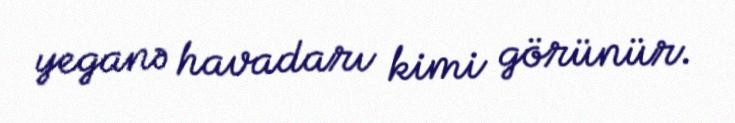
yeganə havadarı kimi görünür.